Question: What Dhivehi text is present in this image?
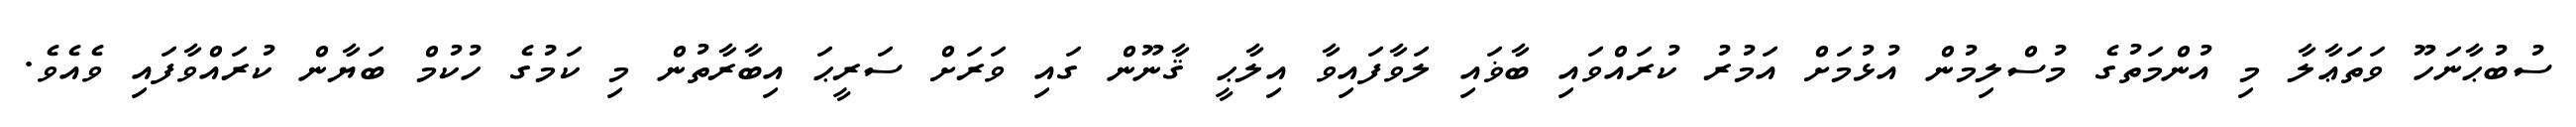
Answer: ސުބުޙާނަހޫ ވަތަޢާލާ މި އުންމަތުގެ މުސްލިމުން އުޅުމަށް އަމުރު ކުރައްވައި ބާޥައި ލަވާފައިވާ އިލާޙީ ޤާނޫން ގައި ވަރަށް ސަރީޙަ އިބާރާތުން މި ކަމުގެ ހުކުމް ބަޔާން ކުރައްވާފައި ވެއެވެ.